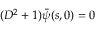
( D ^ { 2 } + 1 ) \bar { \psi } ( s , 0 ) = 0